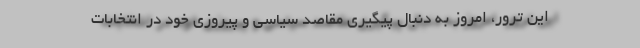
این ترور، امروز به دنبال پیگیری مقاصد سیاسی و پیروزی خود در انتخابات